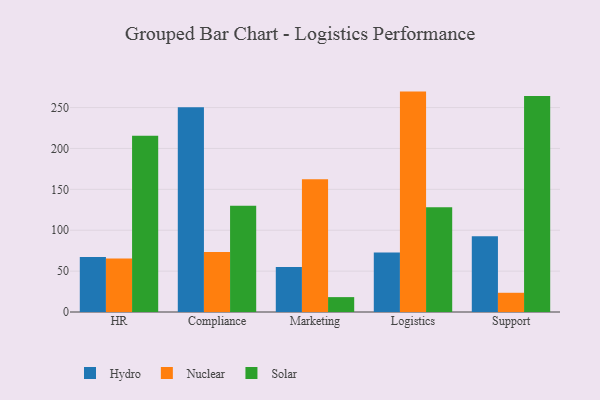
{"axis": {"x": "Department", "y": "Production Output"}, "legend": ["Hydro", "Nuclear", "Solar"], "data": [{"x": "HR", "y": 67.4, "type": "Hydro"}, {"x": "HR", "y": 65.4, "type": "Nuclear"}, {"x": "HR", "y": 215.4, "type": "Solar"}, {"x": "Compliance", "y": 250.3, "type": "Hydro"}, {"x": "Compliance", "y": 73.3, "type": "Nuclear"}, {"x": "Compliance", "y": 130.0, "type": "Solar"}, {"x": "Marketing", "y": 54.9, "type": "Hydro"}, {"x": "Marketing", "y": 162.3, "type": "Nuclear"}, {"x": "Marketing", "y": 18.2, "type": "Solar"}, {"x": "Logistics", "y": 72.8, "type": "Hydro"}, {"x": "Logistics", "y": 269.5, "type": "Nuclear"}, {"x": "Logistics", "y": 128.2, "type": "Solar"}, {"x": "Support", "y": 92.7, "type": "Hydro"}, {"x": "Support", "y": 23.5, "type": "Nuclear"}, {"x": "Support", "y": 264.0, "type": "Solar"}]}